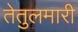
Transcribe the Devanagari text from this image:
तेतुलमारी